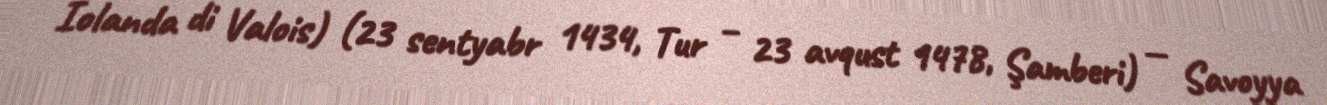
Iolanda di Valois) (23 sentyabr 1434, Tur – 23 avqust 1478, Şamberi) — Savoyya